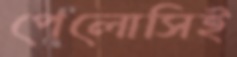
পেলোসিই